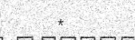
*